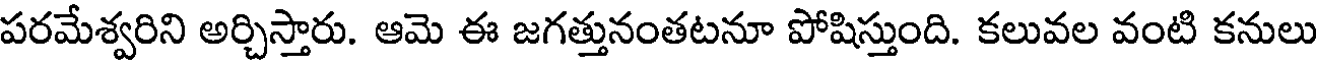
పరమేశ్వరిని అర్చిస్తారు. ఆమె ఈ జగత్తునంతటనూ పోషిస్తుంది. కలువల వంటి కనులు